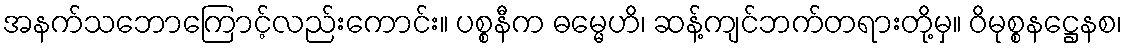
အနက်သဘောကြောင့်လည်းကောင်း။ ပစ္စနီက ဓမ္မေဟိ၊ ဆန့်ကျင်ဘက်တရားတို့မှ။ ဝိမုစ္စနဋ္ဌေနစ၊